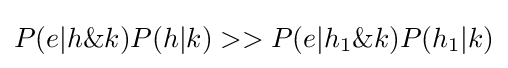
P(e|h\&k)P(h|k)>>P(e|h_{1}\&k)P(h_{1}|k)